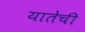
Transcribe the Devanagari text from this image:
यातेची